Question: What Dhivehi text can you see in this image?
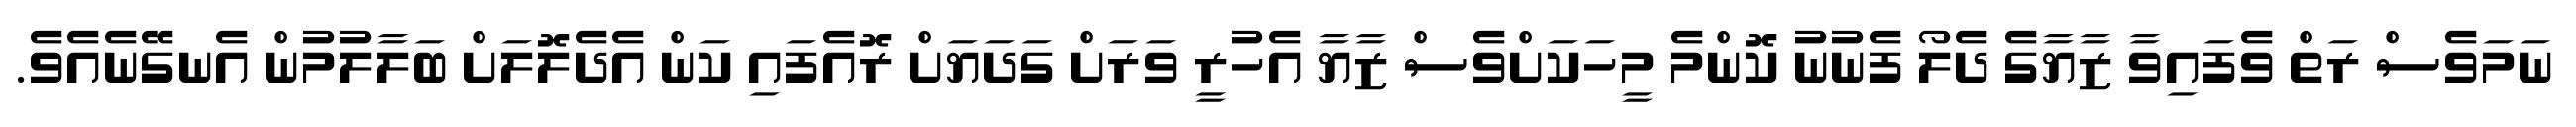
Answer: ނަމަވެސް ރަތް ވެފައިވާ ޒާޔާގެ ދެލޯ ފެނުނު ކޮންމެ މީހަކަށްވެސް ޒާޔާ އެހުރީ ވަރަށް ގަދަޔަށް ރޮއެފައި ކަން އެދެލޮލަށް ބަލާލުމުން އެނގޭނެއެވެ.